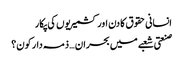
انسانی حقوق کا دن اور کشمیریوں کی پکار
صنعتی شعبے میں بحران … ذمہ دار کون؟